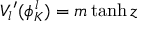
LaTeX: V _ { l } { ' } ( \phi _ { K } ^ { l } ) = m \operatorname { t a n h } z